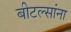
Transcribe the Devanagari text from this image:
बीटल्सांना